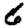
Digit: 6